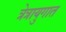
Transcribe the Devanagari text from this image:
त्रेत्रायुगात